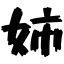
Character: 姉